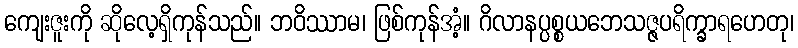
ကျေးဇူးကို ဆိုလေ့ရှိကုန်သည်။ ဘဝိဿာမ၊ ဖြစ်ကုန်အံ့။ ဂိလာနပ္ပစ္စယဘေသဇ္ဇပရိက္ခာရဟေတု၊